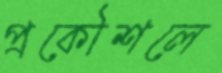
প্রকৌশলে